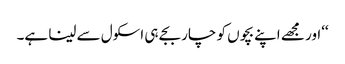
‘‘اور مجھے اپنے بچوں کو چار بجے ہی اسکول سے لینا ہے۔